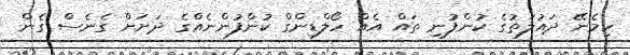
ހިމެނޭ ދައުލަތުގެ ކުންފުނި ތައް އެއް ހޯލްޑިންގް ކުންފުންނެއްގެ ދަށަށް ގެނެސް ގެން